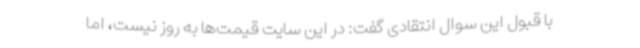
با قبول این سوال انتقادی گفت: در این سایت قیمت‌ها به روز نیست، اما